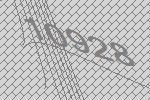
10928